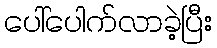
ပေါ်ပေါက်လာခဲ့ပြီး